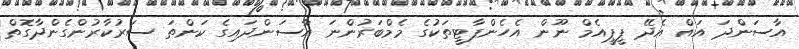
އާސަންދަ އައް އެދޭ ޕީޕީއެމް ނޫން އެހެންޕާޓީތަކުގެ މެމްބަރުންނަ އާސަންދަައިގެ ކަންތަ ސަރުކާރުންގެންދާގޮތް